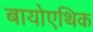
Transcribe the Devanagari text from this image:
बायोएथिक